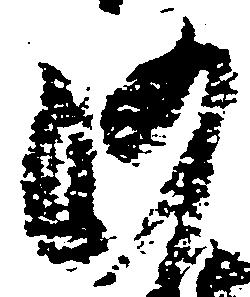
沙